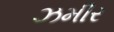
ઝમીર